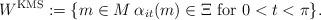
LaTeX: \begin{align*} W^{\rm KMS} := \{ m \in M \: \alpha_{it}(m) \in \Xi \mbox{ for } 0 < t < \pi\}.\end{align*}